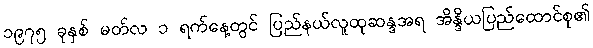
၁၉၇၅ ခုနှစ် မတ်လ ၁ ရက်နေ့တွင် ပြည်နယ်လူထုဆန္ဒအရ အိန္ဒိယပြည်ထောင်စု၏